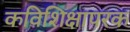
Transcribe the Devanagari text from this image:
कविशिक्षापरक